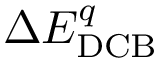
\Delta E _ { \mathrm { D C B } } ^ { q }